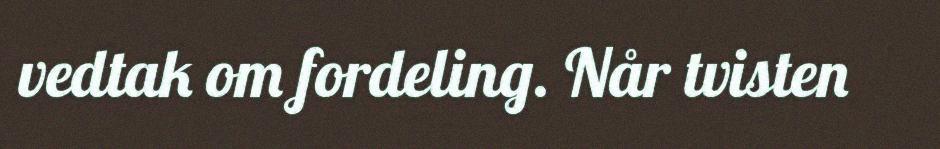
vedtak om fordeling. Når tvisten